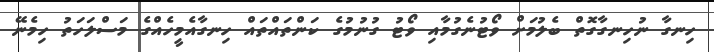
ހިނގާ ނުހިނގާގޮތް ބެލުމަށް ވޯޓުނެގުމާއި ވޯޓު ގުނުމުގެ ކަންތައްތައް ހިނގާއެމީހެއްގެ މަސްލަހަތު ހިމެނޭ